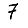
Digit: 7